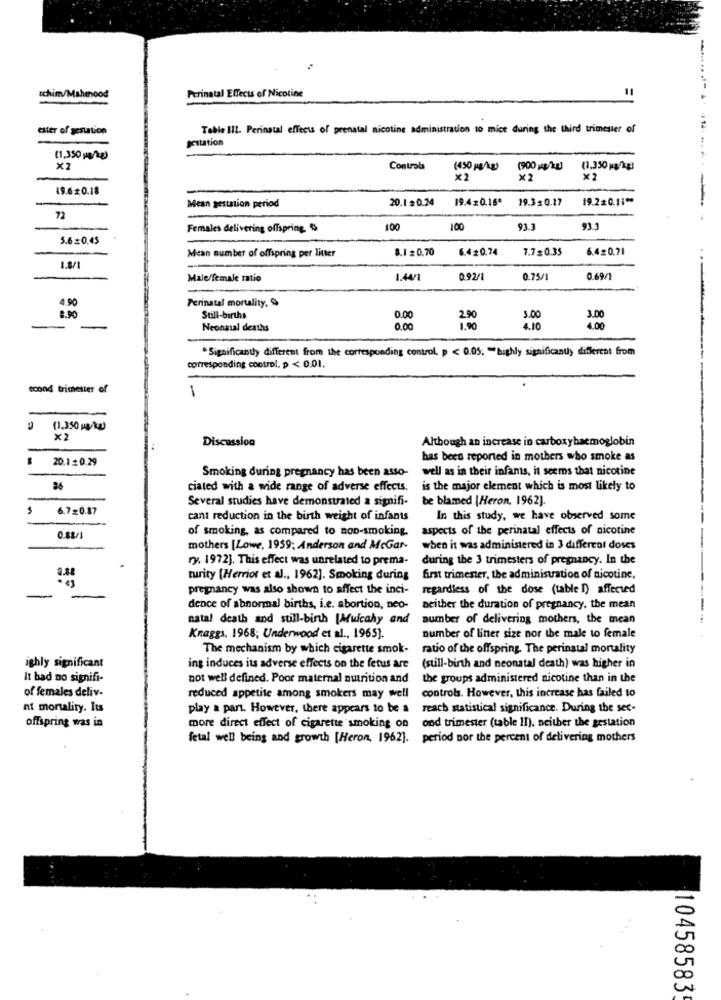
Perinatal Effects of Nicotine
achim/Mahmood
ester of gestation
Table III. Perinatal effects of prenatal nicotine administration to mice during the third trimester of
gestation
(1,350 mg/kg)
x2
Controls
(450 pe/kg)
(900 )
(1.350 g/kg)
×2
x2
x2
19.620.18
20.1 $ 0.24
19.420.16ª
19.30.17
19.220.11 **
Mean gestation period
72
Females delivering offspring $
100
100
93.3
93.3
5.60.45
Mean number of offspring per litter
8.1 = 0.70
6.420.74
7.7=0.35
6.4=0.71
1.8/
Male/female ratio
1.44/1
0.92/1
0.75/1
0.69/
-
Perinatal mortality, S
4.90
8.90
Still-births
0.00
5.00
3.00
-
Neonatal deaths
0.00
1.90
4.10
4.00
* Significantly different from the corresponding control. p < 0.05. "highly significantly different from
corresponding control, p < 0.01.
econd trimester of
1
0 (1.350 0/kg)
x2
Discussion
Although an increase in carboxyhaemoglobin
-
20.1 0.29
has been reported in mothers who smoke as
Smoking during pregnancy has been asso-
well as in their infants, it seems that nicotine
ciated with a wide range of adverse effects.
is the major element which is most likely to
Several studies have demonstrated a signifi-
be blamed [Heron, 1962].
6.7=0.87
cant reduction in the birth weight of infants
In this study, we have observed some
of smoking, as compared to non-smoking.
aspects of the perinatal effects of nicotine
0.88/1
mothers [Lowe, 1959; Anderson and McGar-
when it was administered in 3 different doses
ry. 1972]. This effect was unrelated to prema-
during the 3 trimesters of pregnancy. In the
turity [Herrior et al ., 1962]. Smoking during
first trimester, the administration of nicotine.
pregnancy was also shown to affect the inci-
regardless of the dose (table I) affected
dence of abnormal births, i.e. abortion, neo-
neither the duration of pregnancy, the mean
natal death and still-birth [Mulcahy and
number of delivering mothers, the mean
Knaggs, 1968; Underwood et al ., 1965).
number of liner size nor the male to female
The mechanism by which cigarette smok-
ratio of the offspring. The perinatal mortality
ighly significant
ing induces its adverse effects on the fetus are
(still-birth and neonatal death) was higher in
It had no signifi-
not well defined. Poor maternal nutrition and
the groups administered nicotine than in the
of females deliv-
controls. However, this increase has failed to
reduced appetite among smokers may well
nt mortality. Its
play a part. However, there appears to be a
reach statistical significance. During the sec-
offspring was in
more direct effect of cigarette smoking on
ond trimester (table II), neither the gestation
fetal well being and growth [Heron, 1962]. period nor the percent of delivering mothers
10458583